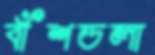
বাঁশডলা